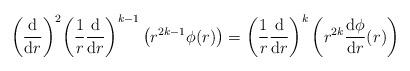
LaTeX: \begin{align*}\bigg(\frac{\mathrm{d}}{\mathrm{d}r}\bigg)^2 \bigg(\frac{1}{r}\frac{\mathrm{d}}{\mathrm{d} r}\bigg)^{k-1}\left(r^{2k-1} \phi(r)\right) = \bigg(\frac{1}{r}\frac{\mathrm{d}}{\mathrm{d} r}\bigg)^{k}\left(r^{2k} \frac{\mathrm{d} \phi}{\mathrm{d}r}(r)\right)\end{align*}